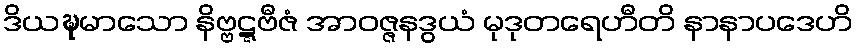
ဒိယဍ္ဎမာသော နိဗ္ဗဋ္ဋဗီဇံ အာဝဇ္ဇနဒွယံ မုဒုတရေဟီတိ နာနာပဒေဟိ